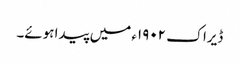
ڈیراک ١٩٠٢ء میں پیدا ہوئے۔